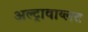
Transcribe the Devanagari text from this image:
अल्ट्रावाय्लट